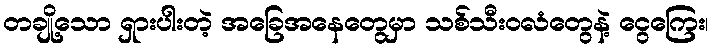
တချို့သော ရှားပါးတဲ့ အခြေအနေတွေမှာ သစ်သီးဝလံတွေနဲ့ ငွေကြေး၊